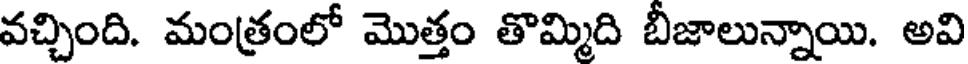
వచ్చింది. మంత్రంలో మొత్తం తొమ్మిది బీజాలున్నాయి. అవి